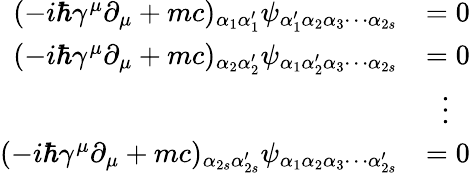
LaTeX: {\begin{array}{rl}{(-i\hbar\gamma^{\mu}\partial_{\mu}+mc)_{\alpha_{1}\alpha_{1}^{\prime}}\psi_{\alpha_{1}^{\prime}\alpha_{2}\alpha_{3}\cdots\alpha_{2s}}}&{=0}\\ {(-i\hbar\gamma^{\mu}\partial_{\mu}+mc)_{\alpha_{2}\alpha_{2}^{\prime}}\psi_{\alpha_{1}\alpha_{2}^{\prime}\alpha_{3}\cdots\alpha_{2s}}}&{=0}\\ &{\; \; \vdots}\\ {(-i\hbar\gamma^{\mu}\partial_{\mu}+mc)_{\alpha_{2s}\alpha_{2s}^{\prime}}\psi_{\alpha_{1}\alpha_{2}\alpha_{3}\cdots\alpha_{2s}^{\prime}}}&{=0}\end{array}}